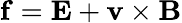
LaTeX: \mathbf{f}=\mathbf{E}+\mathbf{v}\times\mathbf{B}